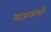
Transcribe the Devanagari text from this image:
गाऊकची